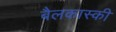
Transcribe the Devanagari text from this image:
बैलकास्की